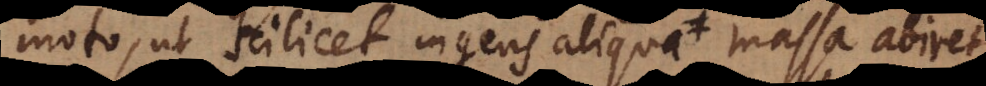
moto, ut scilicet ingens aliqua massa abiret